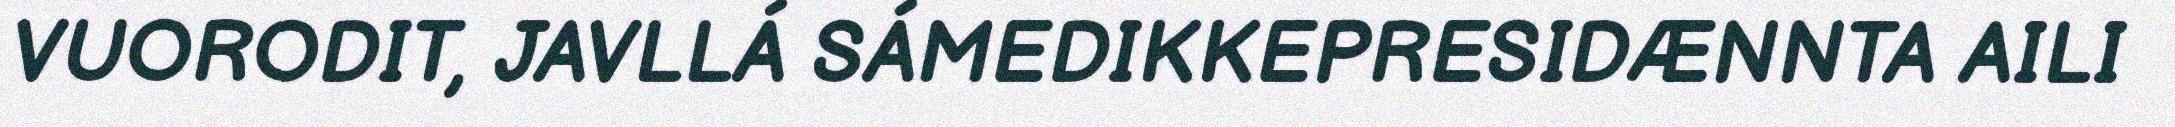
VUORODIT, JAVLLÁ SÁMEDIKKEPRESIDÆNNTA AILI